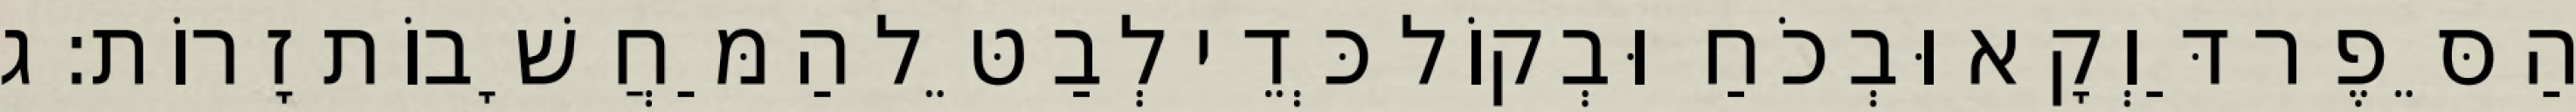
הַסֵּפֶר דַּוְקָא וּבְכֹחַ וּבְקוֹל כְּדֵי לְבַטֵּל הַמַּחֲשָׁבוֹת זָרוֹת: ג